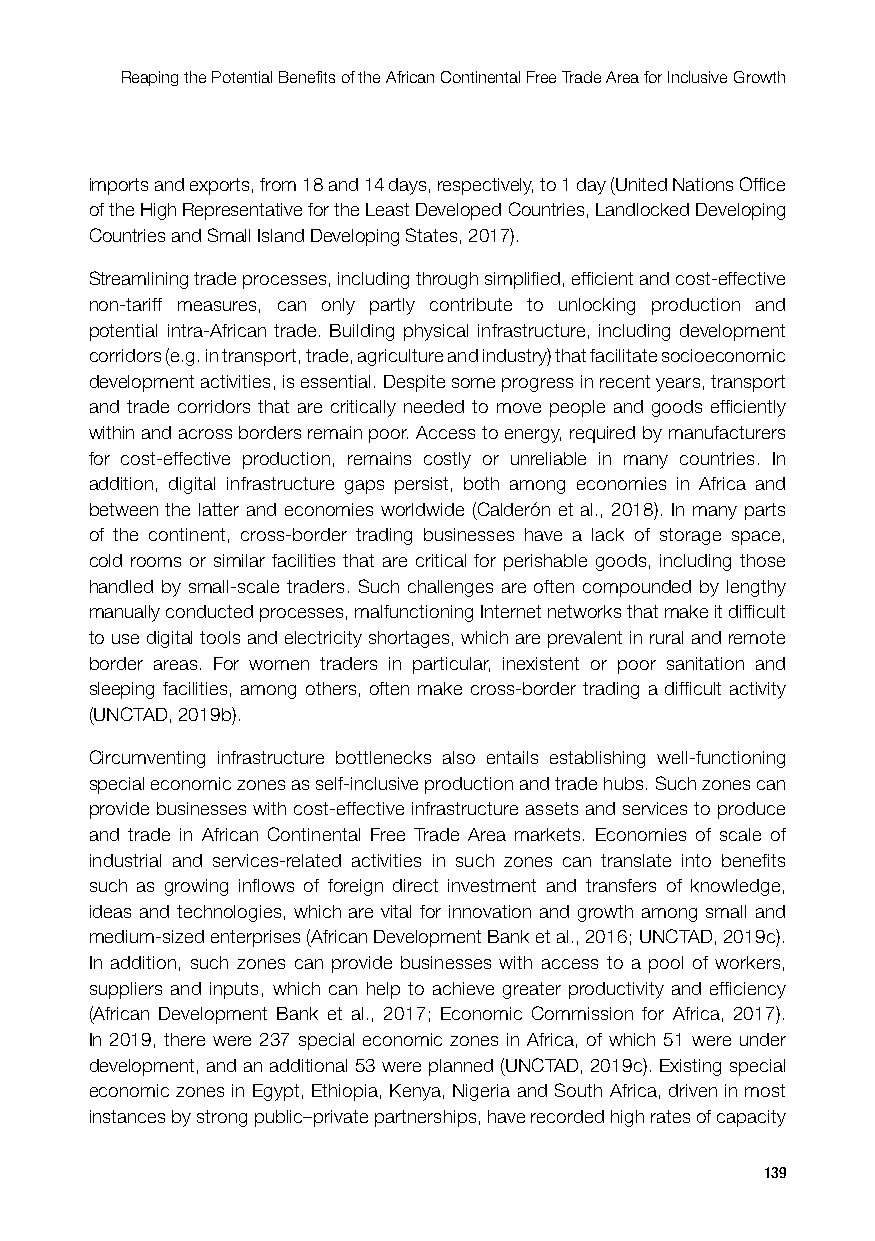
Reaping the Potential Benefits of the African Continental Free Trade Area for Inclusive Growth
 imports and exports, from 18 and 14 days, respectively, to 1 day (United Nations Office
 of the High Representative for the Least Developed Countries, Landlocked Developing
 Countries and Small Island Developing States, 2017).
 Streamlining trade processes, including through simplified, efficient and cost-effective
 non-tariff measures, can only partly contribute to unlocking production and
 potential intra-African trade. Building physical infrastructure, including development
 corridors (e.g. in transport, trade, agriculture and industry) that facilitate socioeconomic
 development activities, is essential. Despite some progress in recent years, transport
 and trade corridors that are critically needed to move people and goods efficiently
 within and across borders remain poor. Access to energy, required by manufacturers
 for cost-effective production, remains costly or unreliable in many countries. In
 addition, digital infrastructure gaps persist, both among economies in Africa and
 between the latter and economies worldwide (Calderón et al., 2018). In many parts
 of the continent, cross-border trading businesses have a lack of storage space,
 cold rooms or similar facilities that are critical for perishable goods, including those
 handled by small-scale traders. Such challenges are often compounded by lengthy
 manually conducted processes, malfunctioning Internet networks that make it difficult
 to use digital tools and electricity shortages, which are prevalent in rural and remote
 border areas. For women traders in particular, inexistent or poor sanitation and
 sleeping facilities, among others, often make cross-border trading a difficult activity
 (UNCTAD, 2019b).
 Circumventing infrastructure bottlenecks also entails establishing well-functioning
 special economic zones as self-inclusive production and trade hubs. Such zones can
 provide businesses with cost-effective infrastructure assets and services to produce
 and trade in African Continental Free Trade Area markets. Economies of scale of
 industrial and services-related activities in such zones can translate into benefits
 such as growing inflows of foreign direct investment and transfers of knowledge,
 ideas and technologies, which are vital for innovation and growth among small and
 medium-sized enterprises (African Development Bank et al., 2016; UNCTAD, 2019c).
 In addition, such zones can provide businesses with access to a pool of workers,
 suppliers and inputs, which can help to achieve greater productivity and efficiency
 (African Development Bank et al., 2017; Economic Commission for Africa, 2017).
 In 2019, there were 237 special economic zones in Africa, of which 51 were under
 development, and an additional 53 were planned (UNCTAD, 2019c). Existing special
 economic zones in Egypt, Ethiopia, Kenya, Nigeria and South Africa, driven in most
 instances by strong public–private partnerships, have recorded high rates of capacity
 139